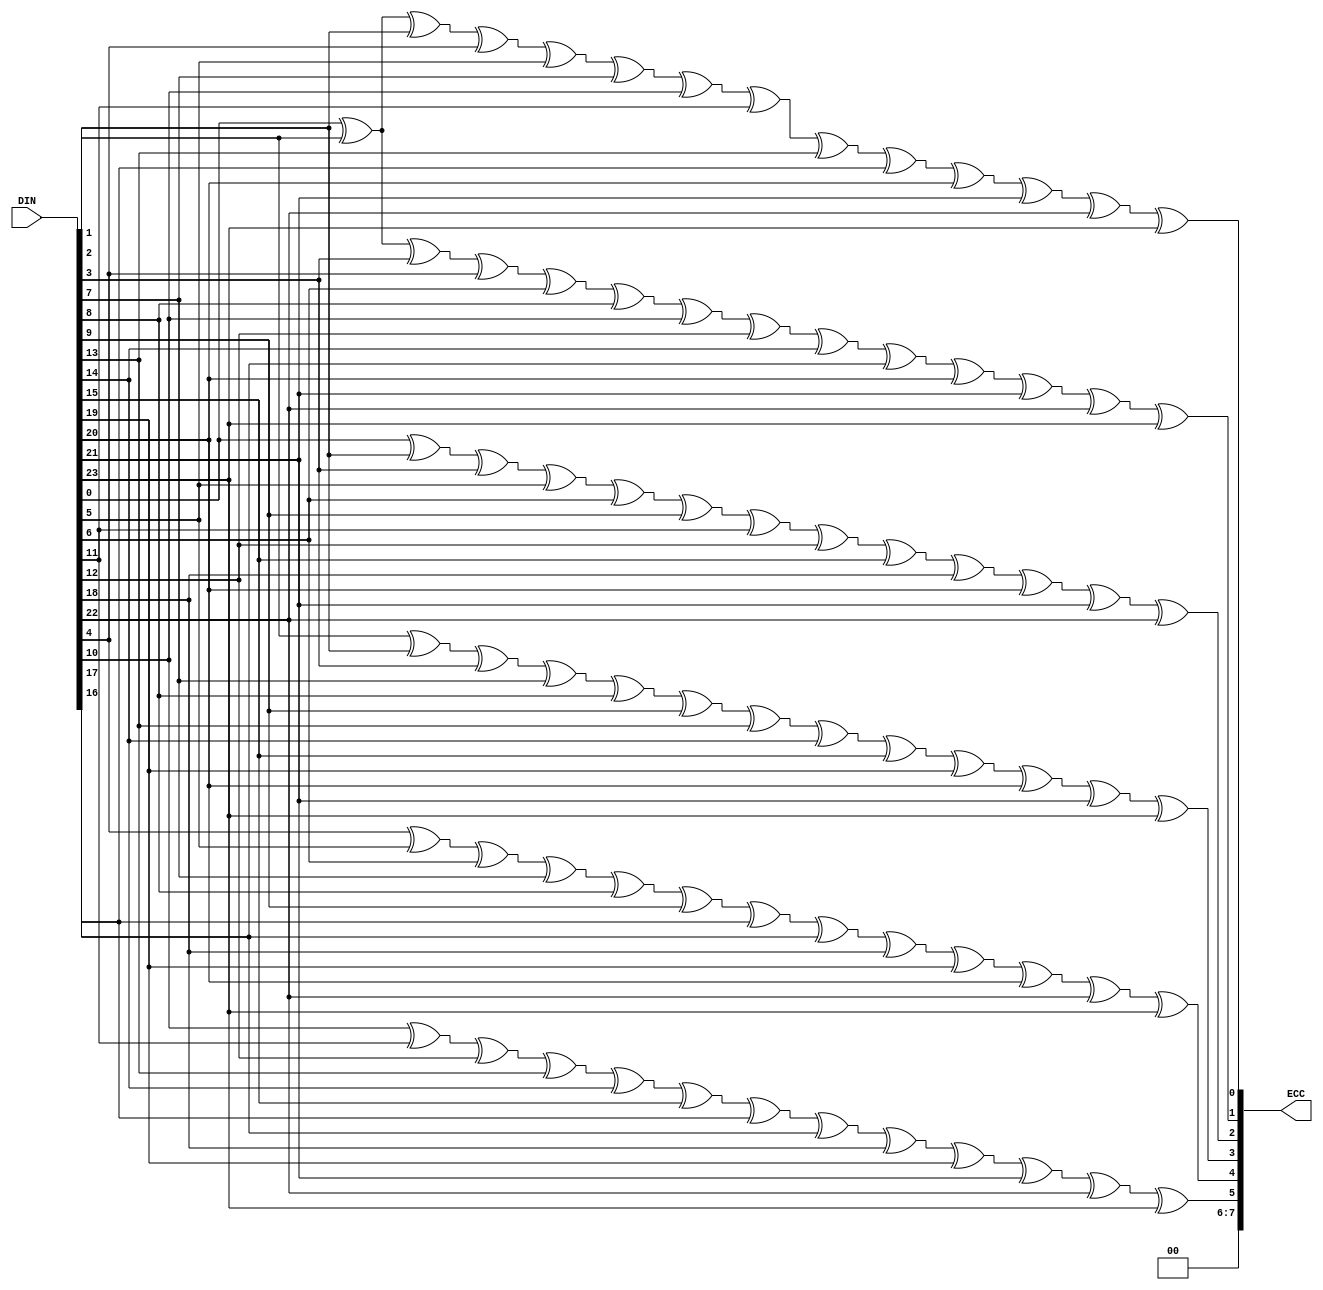
module csi_rx_header_ecc(
  input [23:0]  DIN,
  output [7:0]  ECC
);

  assign ECC[7] = 0;
  assign ECC[6] = 0;
  assign ECC[5] = DIN[10] ^ DIN[11] ^ DIN[12] ^ DIN[13] ^ DIN[14] ^ DIN[15] ^ DIN[16] ^ DIN[17] ^ DIN[18] ^ DIN[19] ^ DIN[21] ^ DIN[22] ^ DIN[23];
  assign ECC[4] = DIN[4]  ^ DIN[5]  ^ DIN[6]  ^ DIN[7]  ^ DIN[8]  ^ DIN[9]  ^ DIN[16] ^ DIN[17] ^ DIN[18] ^ DIN[19] ^ DIN[20] ^ DIN[22] ^ DIN[23];
  assign ECC[3] = DIN[1]  ^ DIN[2]  ^ DIN[3]  ^ DIN[7]  ^ DIN[8]  ^ DIN[9]  ^ DIN[13] ^ DIN[14] ^ DIN[15] ^ DIN[19] ^ DIN[20] ^ DIN[21] ^ DIN[23];
  assign ECC[2] = DIN[0]  ^ DIN[2]  ^ DIN[3]  ^ DIN[5]  ^ DIN[6]  ^ DIN[9]  ^ DIN[11] ^ DIN[12] ^ DIN[15] ^ DIN[18] ^ DIN[20] ^ DIN[21] ^ DIN[22];
  assign ECC[1] = DIN[0]  ^ DIN[1]  ^ DIN[3]  ^ DIN[4]  ^ DIN[6]  ^ DIN[8]  ^ DIN[10] ^ DIN[12] ^ DIN[14] ^ DIN[17] ^ DIN[20] ^ DIN[21] ^ DIN[22] ^ DIN[23];
  assign ECC[0] = DIN[0]  ^ DIN[1]  ^ DIN[2]  ^ DIN[4]  ^ DIN[5]  ^ DIN[7]  ^ DIN[10] ^ DIN[11] ^ DIN[13] ^ DIN[16] ^ DIN[20] ^ DIN[21] ^ DIN[22] ^ DIN[23];

endmodule